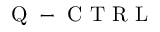
{ \mathrm { ~ Q ~ - ~ C ~ T ~ R ~ L ~ } }